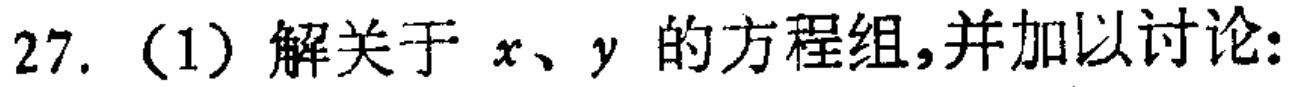
27.（1）解关于 \(x、y\) 的方程组，并加以讨论：